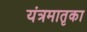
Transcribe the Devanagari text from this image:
यंत्रमातृका